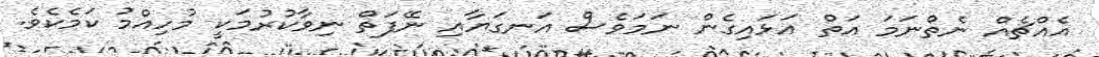
އެއްޗެއް ނެތްނަމަ އަތް އަޅައިގެން ނަމަވެސް އަނގަޔާއި ނޭފަތް ނިވާކުރުމަކީ މުހިއްމު ކަމެކެވެ.